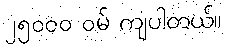
၂၅၀၀၀ ဝမ် ကျပါတယ်။